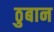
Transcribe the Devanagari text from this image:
ठुबान